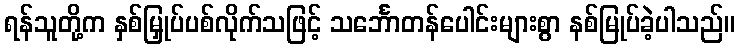
ရန်သူတို့က နှစ်မြှုပ်ပစ်လိုက်သဖြင့် သင်္ဘောတန်ပေါင်းများစွာ နစ်မြုပ်ခဲ့ပါသည်။